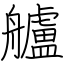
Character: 艫